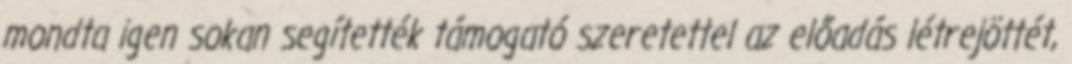
mondta igen sokan segítették támogató szeretettel az előadás létrejöttét,